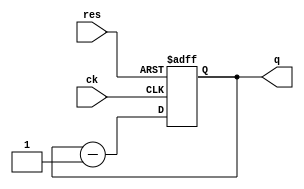
//  ()
module dcnt16 ( ck, res, q );
    input ck, res;
    output [3:0] q;
    reg [3:0] q;

    always @(posedge ck or posedge res)
    begin
        if ( res == 1'b1 )
            q <= 4'hF;
        else
            q <= q - 4'b1;
    end
endmodule